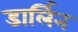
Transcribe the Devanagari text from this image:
डार्लिन